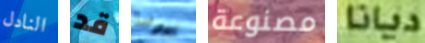
النادل قد بيوتنا مصنوعة ديانا